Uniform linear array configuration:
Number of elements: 32
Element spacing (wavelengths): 0.5
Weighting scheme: exponential
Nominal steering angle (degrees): -60
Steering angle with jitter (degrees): -59.861
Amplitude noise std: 0.05
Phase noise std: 0.05

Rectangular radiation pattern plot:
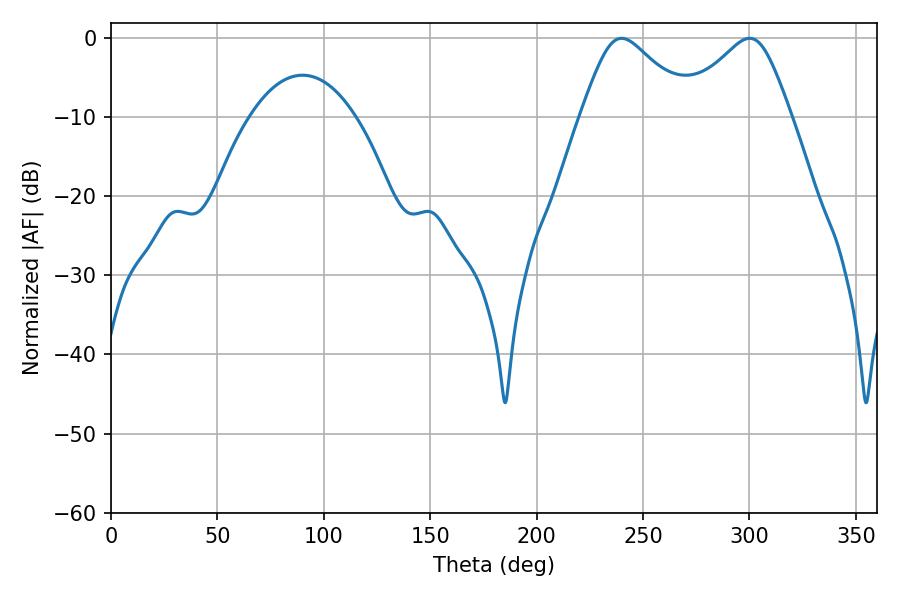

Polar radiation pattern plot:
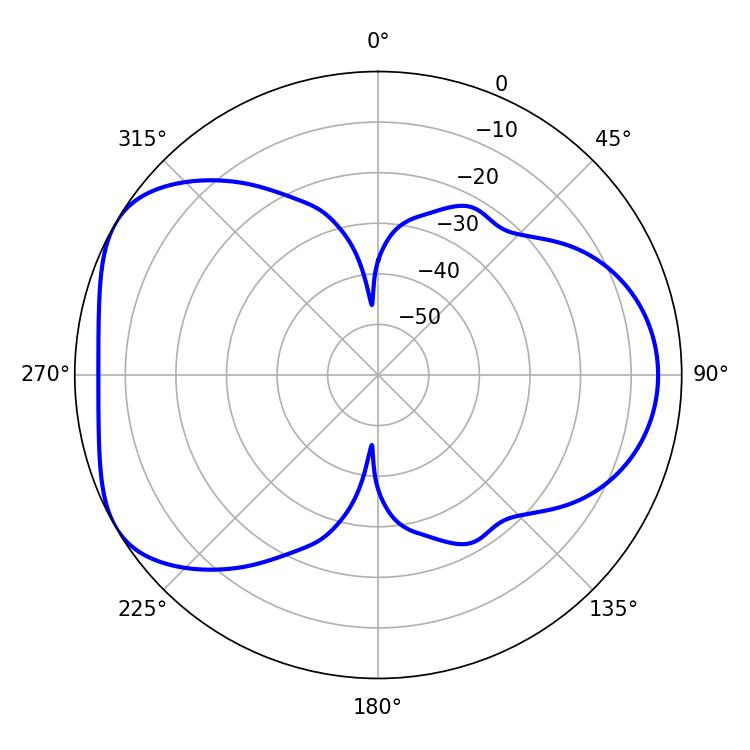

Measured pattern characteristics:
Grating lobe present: FALSE
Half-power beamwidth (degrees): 25.56
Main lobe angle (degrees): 239.94